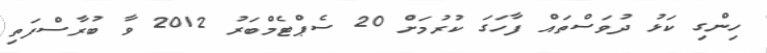
ހިންގި ކަޅު ދުވަސްތައް ފާހަގަ ކުރުމަށް 20 ސެޕްޓެމްބަރު 2012 ވާ ބުރާސްފަތި